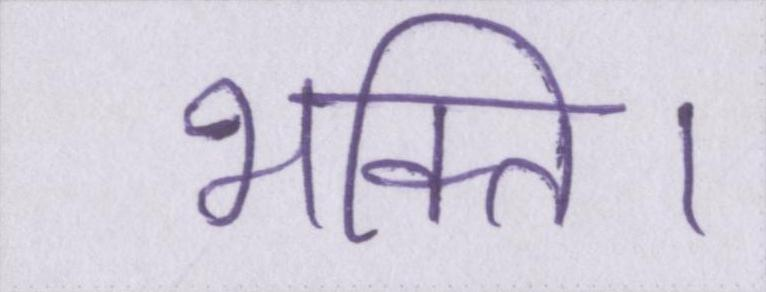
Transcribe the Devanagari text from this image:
भक्ति।